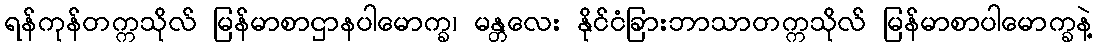
ရန်ကုန်တက္ကသိုလ် မြန်မာစာဌာနပါမောက္ခ၊ မန္တလေး နိုင်ငံခြားဘာသာတက္ကသိုလ် မြန်မာစာပါမောက္ခနဲ့